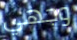
وجهي